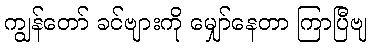
ကျွန်တော် ခင်ဗျားကို မျှော်နေတာ ကြာပြီဗျ